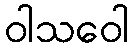
ဝါသဝေါ